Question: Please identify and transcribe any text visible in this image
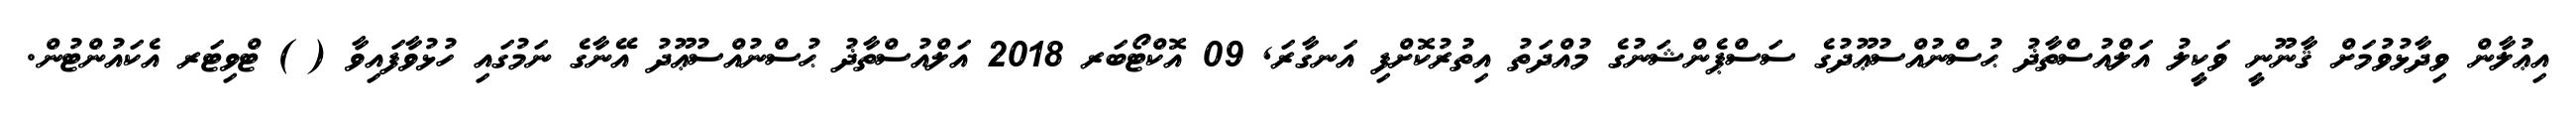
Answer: އިޢުލާން ވިދާޅުވުމަށް ޤާނޫނީ ވަކީލު އަލްއުސްތާޛު ޙުސްނުއްސުޢޫދުގެ ސަސްޕެންޝަނުގެ މުއްދަތު އިތުރުކޮށްފި އަނގާރަ, 09 އޮކްޓޯބަރ 2018 އަލްއުސްތާޛު ޙުސްނުއްސުޢޫދު އޭނާގެ ނަމުގައި ހުޅުވާފައިވާ ( ) ޓްވިޓަރ އެކައުންޓުން.